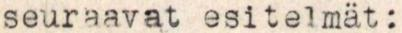
seuraavat esitelmät: